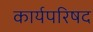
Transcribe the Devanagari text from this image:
कार्यपरिषद